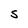
Character: S